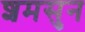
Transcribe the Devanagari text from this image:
शमसुन